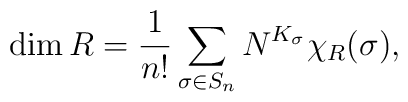
\dim R = \frac{1}{n!} \sum_{\sigma \in S_n}N^{K_\sigma} \chi_{R} (\sigma),